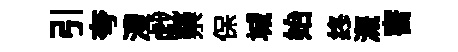
引夸澧戯禜保城始终溉害